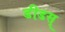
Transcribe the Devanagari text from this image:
डीडस्